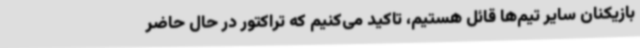
بازیکنان سایر تیم‌ها قائل هستیم، تاکید می‌کنیم که تراکتور در حال حاضر